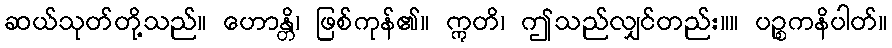
ဆယ်သုတ်တို့သည်။ ဟောန္တိ၊ ဖြစ်ကုန်၏။ ဣတိ၊ ဤသည်လျှင်တည်း။။ ပဉ္စကနိပါတ်။